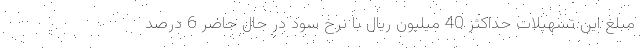
مبلغ این تسهیلات حداکثر 40 میلیون ریال با نرخ سود در حال حاضر 6 درصد